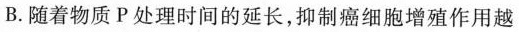
B.随着物质P处理时间的延长，抑制癌细胞增殖作用越